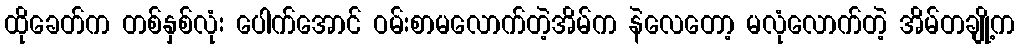
ထိုခေတ်က တစ်နှစ်လုံး ပေါက်အောင် ဝမ်းစာမလောက်တဲ့အိမ်က နဲလေတော့ မလုံလောက်တဲ့ အိမ်တချို့က